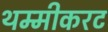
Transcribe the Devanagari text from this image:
थम्मीकरट